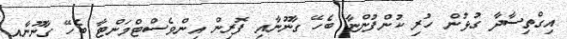
އިގްތިސާދާ ގުޅުން ހުރި ކުންފުންޏާ ބެހޭ ގާނޫނާއި ފޮރިން އިންވެސްޓްމަންޓާ ބެހޭ ގާނޫނާއި